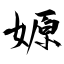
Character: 嫄